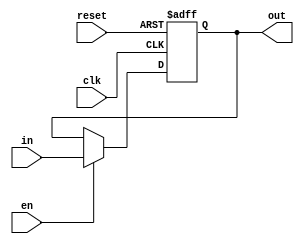
`timescale 1ns / 1ps
module REGISTER #(parameter N=8)(
	input clk,
	input reset,
	input en,
	input [N-1:0] in,
	output reg [N-1:0] out
    );

(*KEEP = "TRUE"*)
reg [N-1:0]reg_next; // assigned to reg_out every posedge clk, if not reset || if enable 1 assigned by in else by reg_out (previous)
reg [N-1:0]reg_out;  // assigned to out every time

always @(posedge clk, posedge reset) begin
	if(reset)
		reg_out <= 0;
	else
		reg_out <= reg_next;
end

always @(*) begin
	if(en) begin
		reg_next = in;
    end
	else begin
		reg_next = reg_out;
    end
    out = reg_out;
end


endmodule